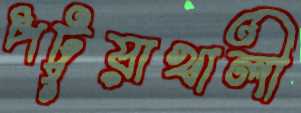
পটুয়াখালী